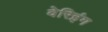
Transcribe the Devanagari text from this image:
वेरिइंग